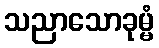
သညာသောခုမ္မံ